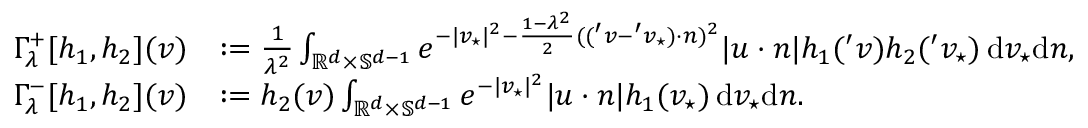
\begin{array} { r l } { \Gamma _ { \lambda } ^ { + } [ h _ { 1 } , h _ { 2 } ] ( v ) } & { : = \frac { 1 } { \lambda ^ { 2 } } \int _ { \mathbb R ^ { d } \times \mathbb { S } ^ { d - 1 } } e ^ { - \vert v _ { \star } \vert ^ { 2 } - \frac { 1 - \lambda ^ { 2 } } { 2 } ( ( { ' v } - { ' v _ { \star } } ) \cdot n ) ^ { 2 } } \vert u \cdot n \vert h _ { 1 } ( { ' v } ) h _ { 2 } ( { ' v _ { \star } } ) \, \mathrm { d } v _ { \star } \mathrm { d } n , } \\ { \Gamma _ { \lambda } ^ { - } [ h _ { 1 } , h _ { 2 } ] ( v ) } & { : = h _ { 2 } ( v ) \int _ { \mathbb R ^ { d } \times \mathbb { S } ^ { d - 1 } } e ^ { - \vert v _ { \star } \vert ^ { 2 } } \vert u \cdot n \vert h _ { 1 } ( v _ { \star } ) \, \mathrm { d } v _ { \star } \mathrm { d } n . } \end{array}